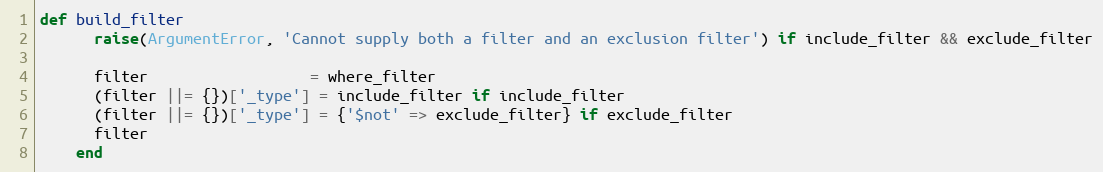
Language: Ruby
def build_filter
      raise(ArgumentError, 'Cannot supply both a filter and an exclusion filter') if include_filter && exclude_filter

      filter                  = where_filter
      (filter ||= {})['_type'] = include_filter if include_filter
      (filter ||= {})['_type'] = {'$not' => exclude_filter} if exclude_filter
      filter
    end